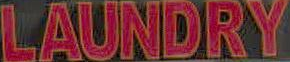
LAUNDRY